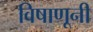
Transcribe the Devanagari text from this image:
विषाणूनी